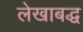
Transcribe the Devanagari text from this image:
लेखाबद्ध